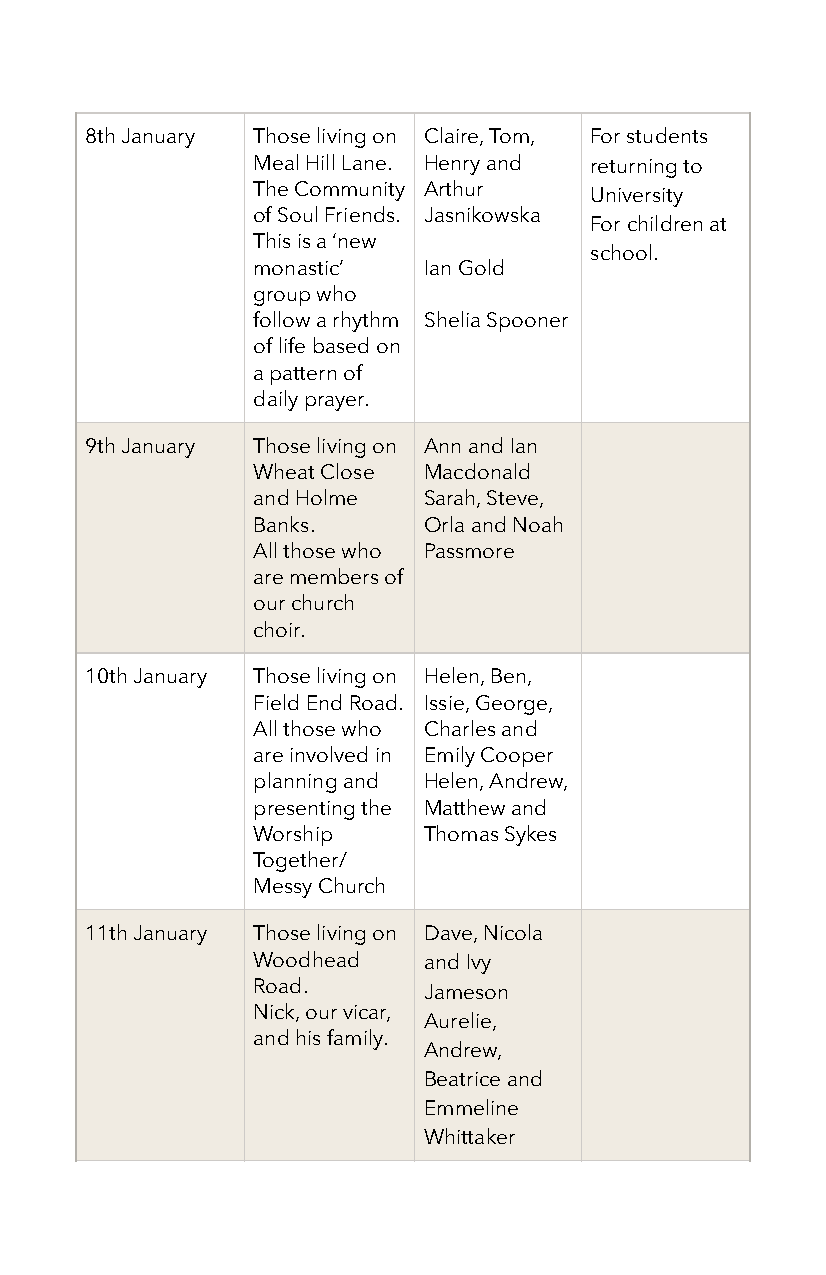
8th January Those living on Claire, Tom, For students
 Meal Hill Lane. Henry and returning to
 The Community Arthur  University
 of Soul Friends. Jasnikowska
 For children at
 This is a ‘new
 school.
 monastic’  Ian Gold
 group who
 follow a rhythm Shelia Spooner
 of life based on
 a pattern of
 daily prayer.
 9th January Those living on Ann and Ian
 Wheat Close Macdonald
 and Holme  Sarah, Steve,
 Banks.     Orla and Noah
 All those who Passmore
 are members of
 our church
 choir.
 10th January Those living on Helen, Ben,
 Field End Road. Issie, George,
 All those who Charles and
 are involved in Emily Cooper
 planning and Helen, Andrew,
 presenting the Matthew and
 Worship    Thomas Sykes
 Together/
 Messy Church
 11th January Those living on Dave, Nicola
 Woodhead   and Ivy
 Road.      Jameson
 Nick, our vicar,
 Aurelie,
 and his family.
 Andrew,
 Beatrice and
 Emmeline
 Whittaker